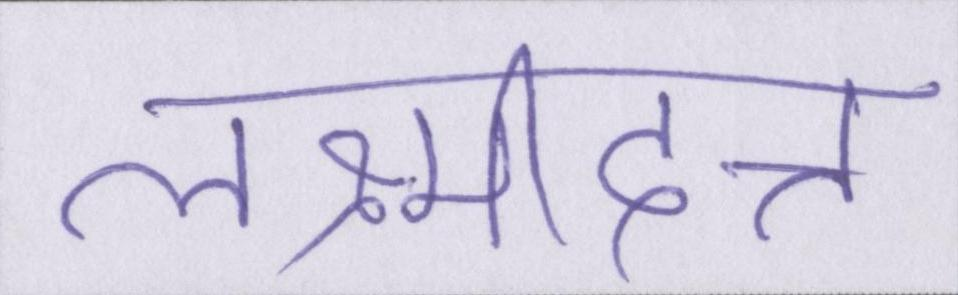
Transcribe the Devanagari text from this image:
लक्ष्मीदत्त